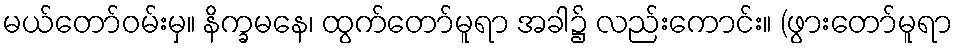
မယ်တော်ဝမ်းမှ။ နိက္ခမနေ၊ ထွက်တော်မူရာ အခါ၌ လည်းကောင်း။ (ဖွားတော်မူရာ